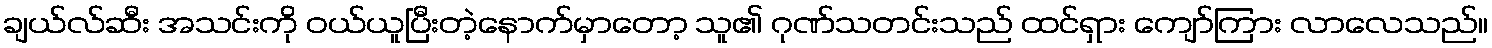
ချယ်လ်ဆီး အသင်းကို ဝယ်ယူပြီးတဲ့နောက်မှာတော့ သူ၏ ဂုဏ်သတင်းသည် ထင်ရှား ကျော်ကြား လာလေသည်။